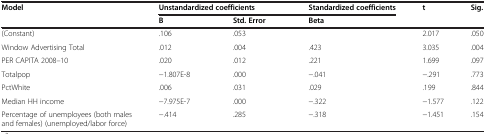
| <ROWSPAN=2> Model | <COLSPAN=2> Unstandardized coefficients | Standardized coefficients | <ROWSPAN=2> t | <ROWSPAN=2> Sig. |
 | B | Std. Error | Beta |
 | --- | --- | --- | --- | --- | --- |
 | (Constant) | .106 | .053 |  | 2.017 | .050 |
 | Window Advertising Total | .012 | .004 | .423 | 3.035 | .004 |
 | PER CAPITA 2008–10 | .020 | .012 | .221 | 1.699 | .097 |
 | Totalpop | −1.807E-8 | .000 | −.041 | −.291 | .773 |
 | PctWhite | .006 | .031 | .029 | .199 | .844 |
 | Median HH income | −7.975E-7 | .000 | −.322 | −1.577 | .122 |
 | Percentage of unemployees (both males and females) (unemployed/labor force) | −.414 | .285 | −.318 | −1.451 | .154 |